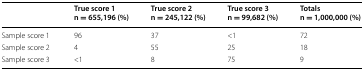
<table><thead><tr><td></td><td><b>True score 1n = 655,196 (%)</b></td><td><b>True score 2n = 245,122 (%)</b></td><td><b>True score 3n = 99,682 (%)</b></td><td><b>Totalsn = 1,000,000 (%)</b></td></tr></thead><tbody><tr><td>Sample score 1</td><td>96</td><td>37</td><td>&lt;1</td><td>72</td></tr><tr><td>Sample score 2</td><td>4</td><td>55</td><td>25</td><td>18</td></tr><tr><td>Sample score 3</td><td>&lt;1</td><td>8</td><td>75</td><td>9</td></tr></tbody></table>